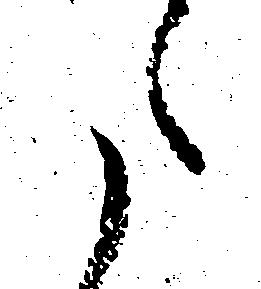
た